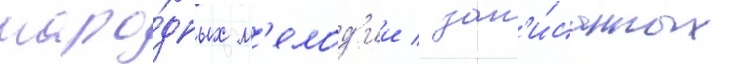
наро́дных м'елод'ии / зап'и́санных